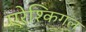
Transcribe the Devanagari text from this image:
एरेश्किगल